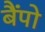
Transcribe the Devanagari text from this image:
बैंपो